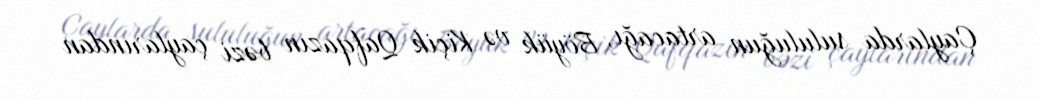
Çaylarda sululuğun artacağı, Böyük və Kiçik Qafqazın bəzi çaylarından